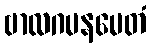
ဗာလဂမနမေတံ